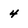
Character: 4